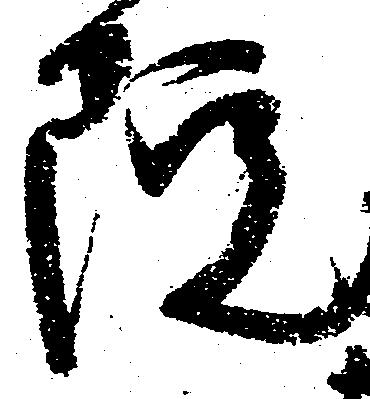
院